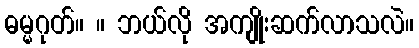
ဓမ္မဂုတ်။ ။ ဘယ်လို အကျိုးဆက်လာသလဲ။